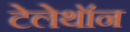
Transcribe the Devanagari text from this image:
टेलेथॉन